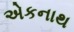
એકનાથ